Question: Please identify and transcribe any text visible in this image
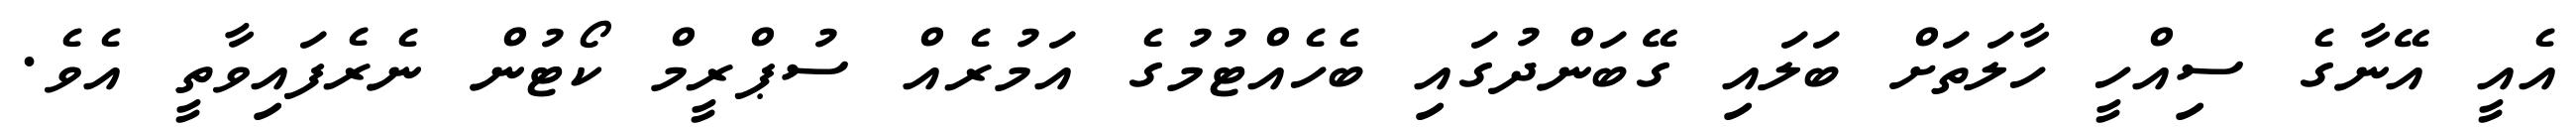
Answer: އެއީ އޭނާގެ ސިއްހީ ހާލަތަށް ބަލައި ގޭބަންދުގައި ބެހެއްޓުމުގެ އަމުރެއް ސުޕްރީމް ކޯޓުން ނެރެފައިވާތީ އެވެ.